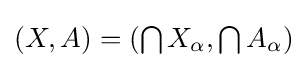
{\textstyle (X,A)=(\bigcap X_{\alpha },\bigcap A_{\alpha })}